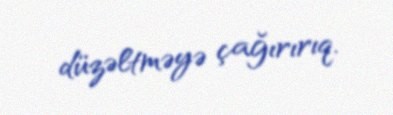
düzəltməyə çağırırıq.